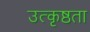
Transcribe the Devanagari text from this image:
उत्कृष्ठता